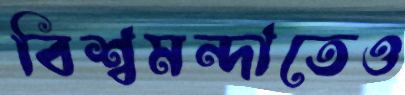
বিশ্বমন্দাতেও